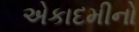
એકાદમીનો